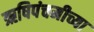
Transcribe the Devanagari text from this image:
ऋषिपंचमीच्या